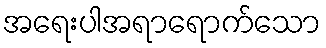
အရေးပါအရာရောက်သော